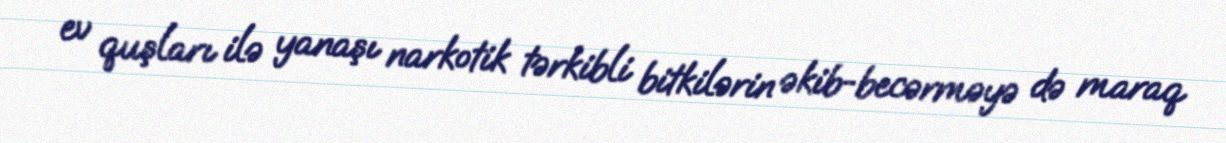
ev quşları ilə yanaşı narkotik tərkibli bitkilərin əkib-becərməyə də maraq